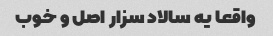
واقعا یه سالاد سزار اصل و خوب